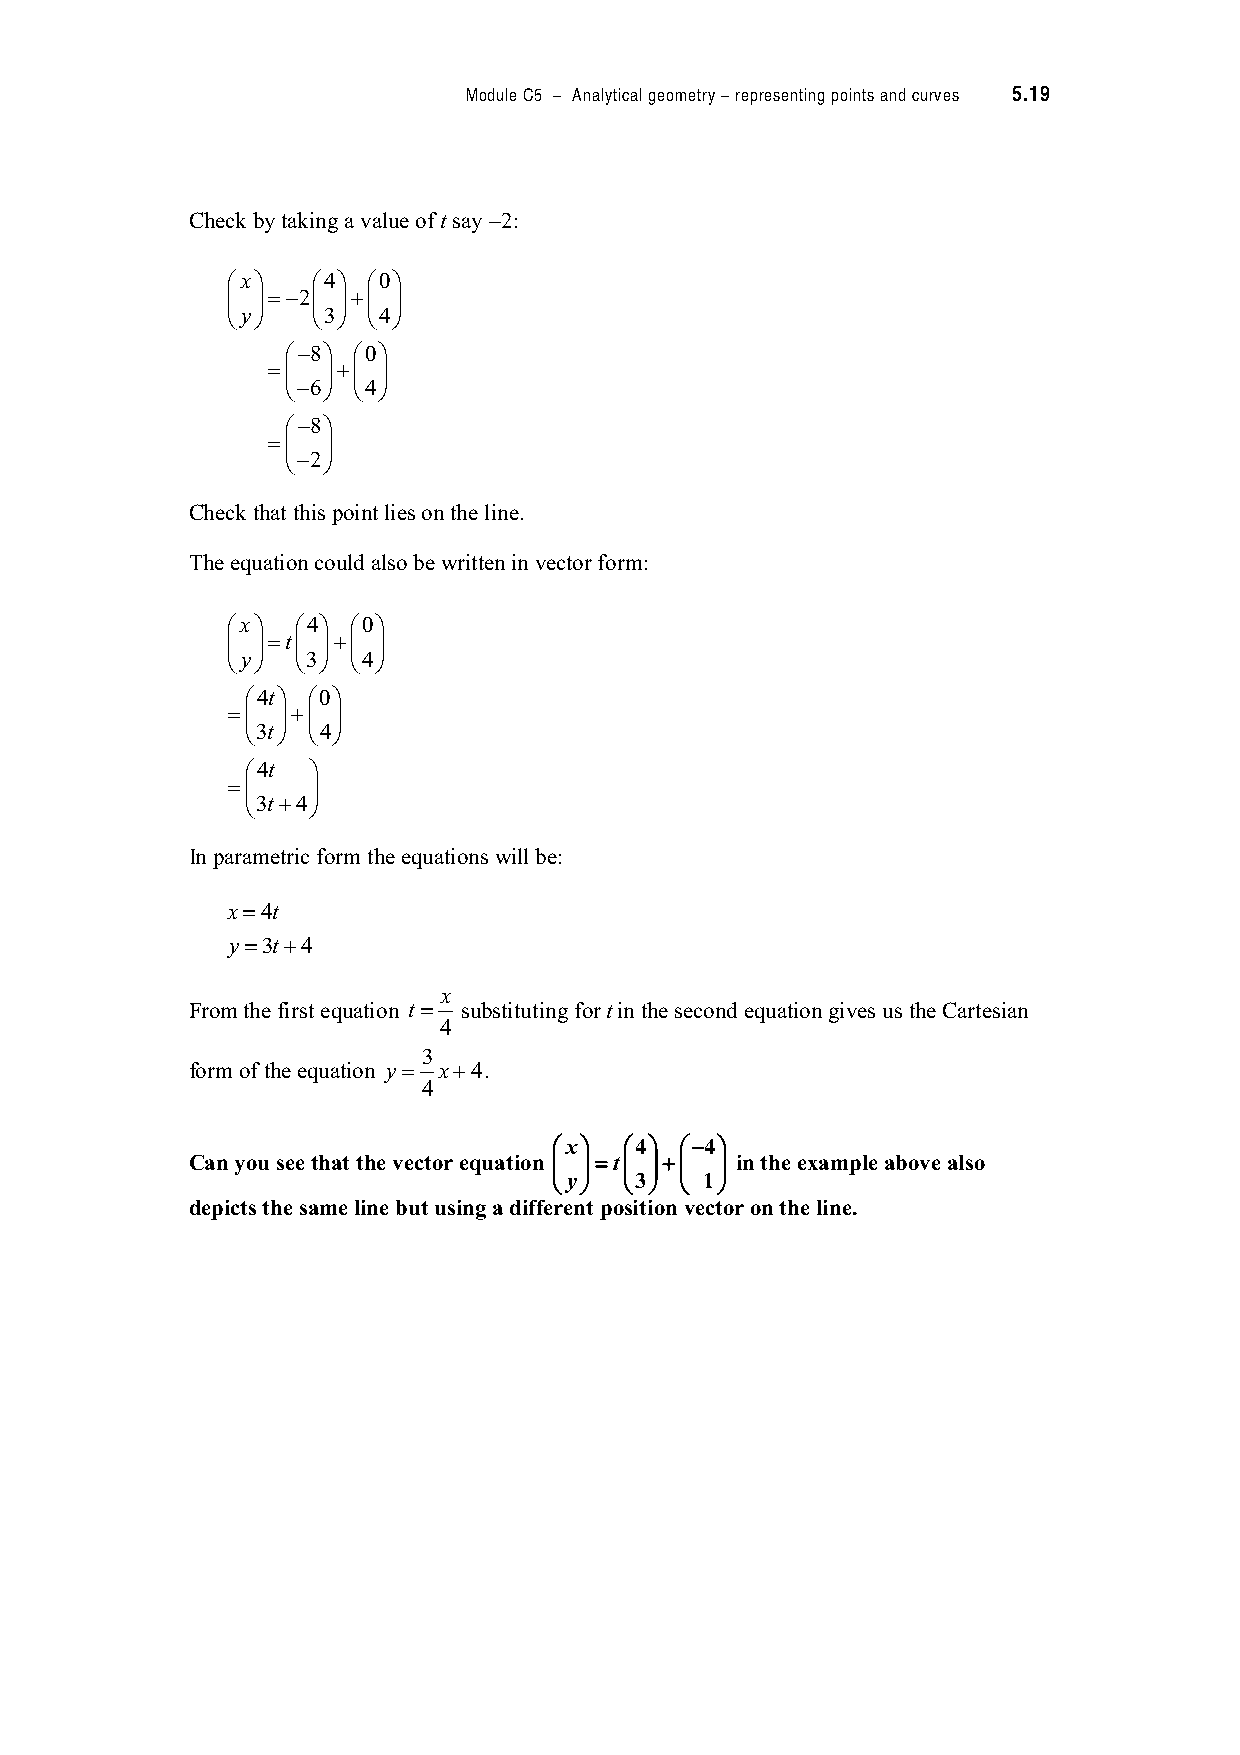
Module C5 – Analytical geometry – representing points and curves 5.19
 Check by taking a value of t say '2:
 x!   4!  0!
 % &"#2% &$% &
 'y(   '3( '4(
 #8! 0!
 "% &$% &
 '#6( '4(
 #8!
 "% &
 '#2(
 Check that this point lies on the line.
 The equation could also be written in vector form:
 x!  4!  0!
 % &"t% &$% &
 'y(  '3( '4(
 4t! 0!
 "% &$% &
 '3t( '4(
 4t !
 "%   &
 '3t$4(
 In parametric form the equations will be:
 x"4t
 y"3t$4
 x
 From the first equation t" substituting for t in the second equation gives us the Cartesian
 4
 3
 form of the equation y" x$4.
 4
 x!   4!  #4!
 Can you see that the vector equation % &"t% &$% & in the example above also
 'y( '3( ' 1(
 depicts the same line but using a different position vector on the line.